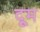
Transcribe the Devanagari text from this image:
दूूम